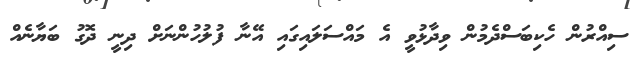
ސިއްރުން ހެކިބަސްދެމުން ވިދާޅުވީ އެ މައްސަލައިގައި އޭނާ ފުލުހުންނަށް ދިނީ ދޮގު ބަޔާނެއް